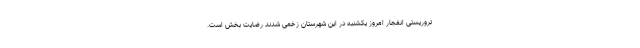
تروریستی انفجار امروز یکشنبه در این شهرستان زخمی شدند رضایت بخش است.